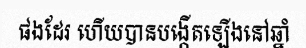
ផងដែរ ហើយបានបង្កើតឡើងនៅឆ្នាំ